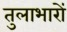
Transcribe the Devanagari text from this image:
तुलाभारों